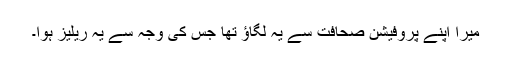
میرا اپنے پروفیشن صحافت سے یہ لگاؤ تھا جس کی وجہ سے یہ ریلیز ہوا۔